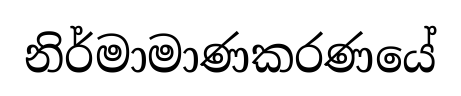
නිර්මාමාණකරණයේ